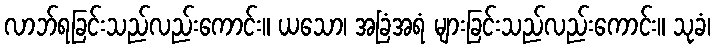
လာဘ်ရခြင်းသည်လည်းကောင်း။ ယသော၊ အခြံအရံ များခြင်းသည်လည်းကောင်း။ သုခံ၊